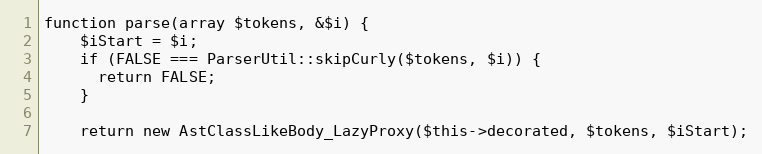
Language: PHP
function parse(array $tokens, &$i) {
    $iStart = $i;
    if (FALSE === ParserUtil::skipCurly($tokens, $i)) {
      return FALSE;
    }

    return new AstClassLikeBody_LazyProxy($this->decorated, $tokens, $iStart);